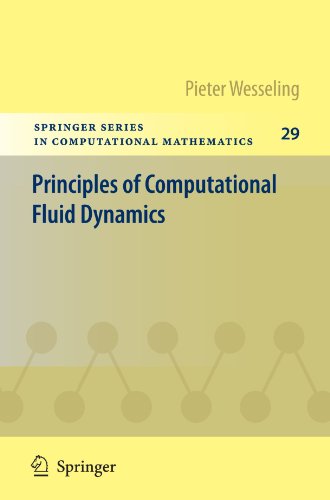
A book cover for Principles of Computational Fluid Dynamics (Springer Series in Computational Mathematics); Pieter Wesseling; Science & Math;